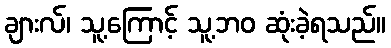
ချားလ်၊ သူ့ကြောင့် သူ့ဘဝ ဆုံးခဲ့ရသည်။